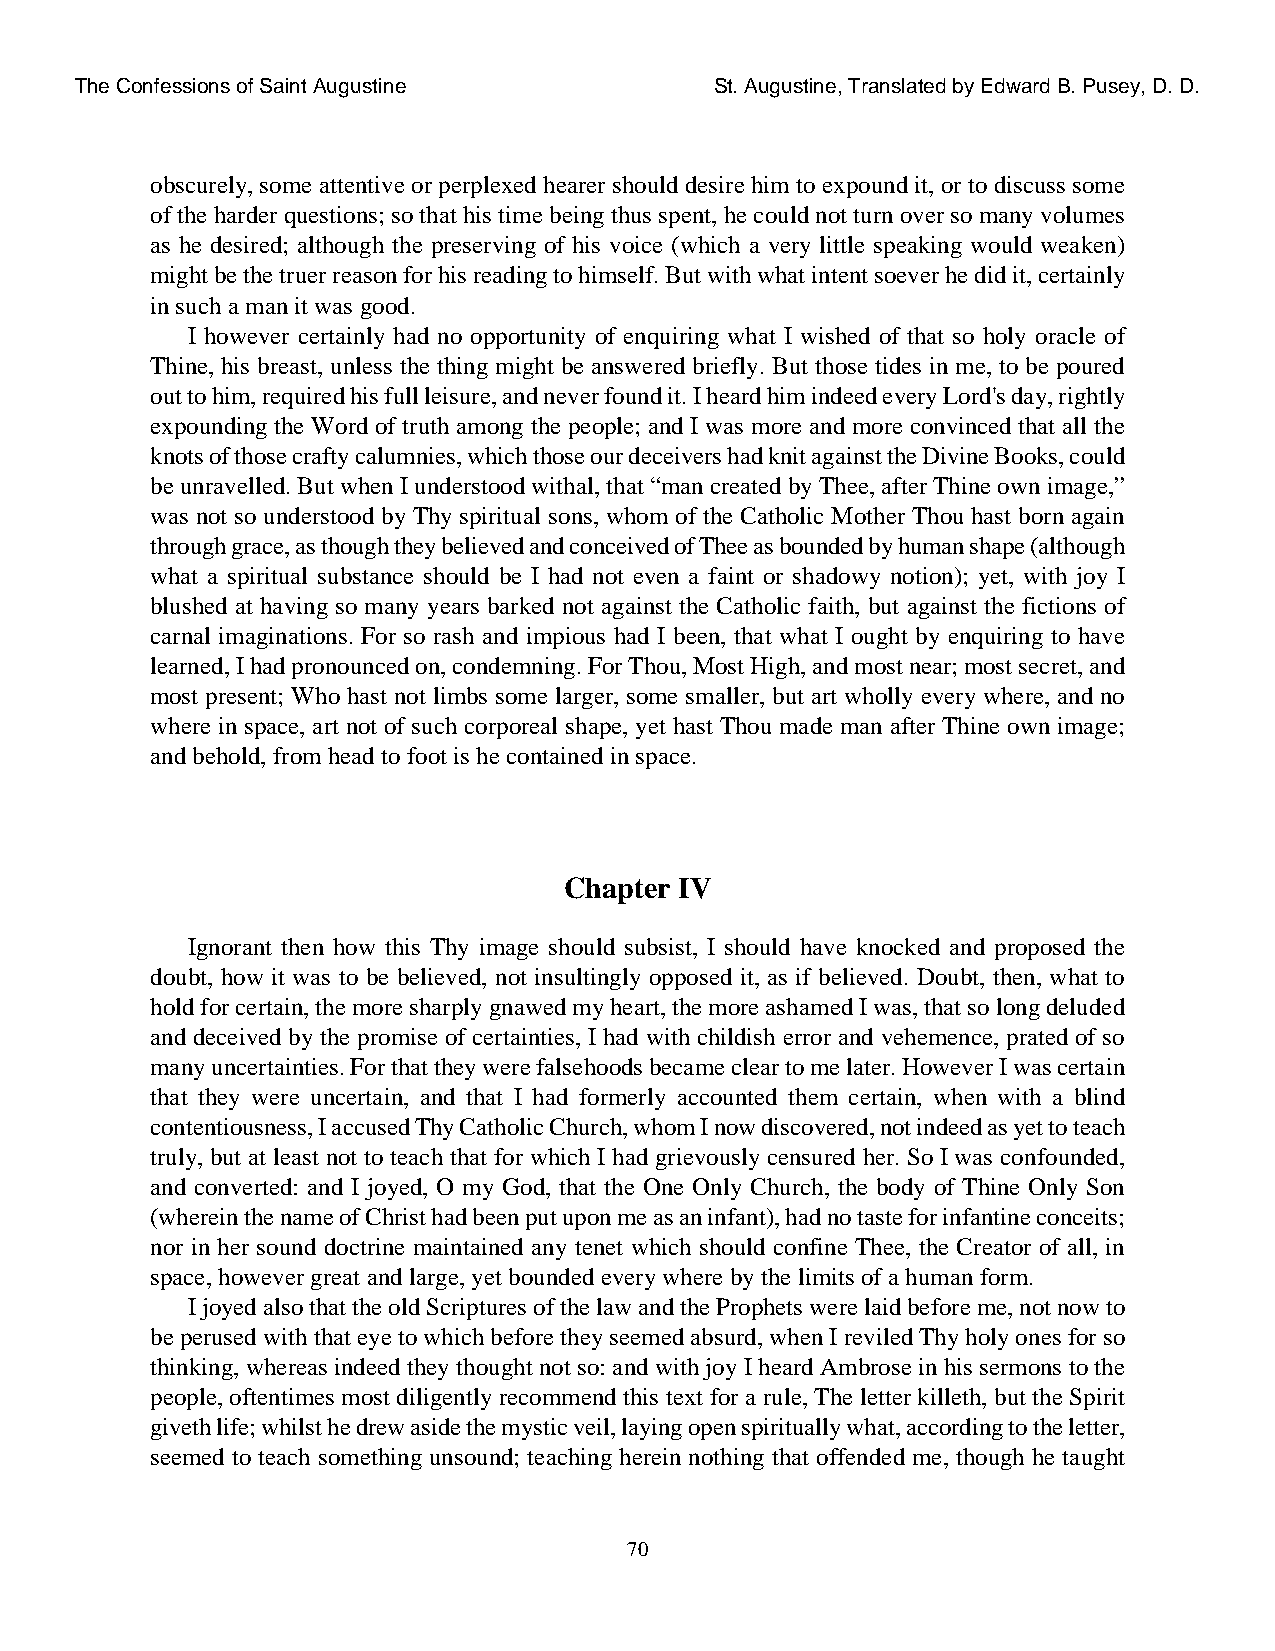
The Confessions of Saint Augustine        St. Augustine, Translated by Edward B. Pusey, D. D.
 obscurely, some attentive or perplexed hearer should desire him to expound it, or to discuss some
 of the harder questions; so that his time being thus spent, he could not turn over so many volumes
 as he desired; although the preserving of his voice (which a very little speaking would weaken)
 might be the truer reason for his reading to himself. But with what intent soever he did it, certainly
 in such a man it was good.
 I however certainly had no opportunity of enquiring what I wished of that so holy oracle of
 Thine, his breast, unless the thing might be answered briefly. But those tides in me, to be poured
 out to him, required his full leisure, and never found it. I heard him indeed every Lord's day, rightly
 expounding the Word of truth among the people; and I was more and more convinced that all the
 knots of those crafty calumnies, which those our deceivers had knit against the Divine Books, could
 be unravelled. But when I understood withal, that “man created by Thee, after Thine own image,”
 was not so understood by Thy spiritual sons, whom of the Catholic Mother Thou hast born again
 through grace, as though they believed and conceived of Thee as bounded by human shape (although
 what a spiritual substance should be I had not even a faint or shadowy notion); yet, with joy I
 blushed at having so many years barked not against the Catholic faith, but against the fictions of
 carnal imaginations. For so rash and impious had I been, that what I ought by enquiring to have
 learned, I had pronounced on, condemning. For Thou, Most High, and most near; most secret, and
 most present; Who hast not limbs some larger, some smaller, but art wholly every where, and no
 where in space, art not of such corporeal shape, yet hast Thou made man after Thine own image;
 and behold, from head to foot is he contained in space.
 Chapter IV
 Ignorant then how this Thy image should subsist, I should have knocked and proposed the
 doubt, how it was to be believed, not insultingly opposed it, as if believed. Doubt, then, what to
 hold for certain, the more sharply gnawed my heart, the more ashamed I was, that so long deluded
 and deceived by the promise of certainties, I had with childish error and vehemence, prated of so
 many uncertainties. For that they were falsehoods became clear to me later. However I was certain
 that they were uncertain, and that I had formerly accounted them certain, when with a blind
 contentiousness, I accused Thy Catholic Church, whom I now discovered, not indeed as yet to teach
 truly, but at least not to teach that for which I had grievously censured her. So I was confounded,
 and converted: and I joyed, O my God, that the One Only Church, the body of Thine Only Son
 (wherein the name of Christ had been put upon me as an infant), had no taste for infantine conceits;
 nor in her sound doctrine maintained any tenet which should confine Thee, the Creator of all, in
 space, however great and large, yet bounded every where by the limits of a human form.
 I joyed also that the old Scriptures of the law and the Prophets were laid before me, not now to
 be perused with that eye to which before they seemed absurd, when I reviled Thy holy ones for so
 thinking, whereas indeed they thought not so: and with joy I heard Ambrose in his sermons to the
 people, oftentimes most diligently recommend this text for a rule, The letter killeth, but the Spirit
 giveth life; whilst he drew aside the mystic veil, laying open spiritually what, according to the letter,
 seemed to teach something unsound; teaching herein nothing that offended me, though he taught
 70